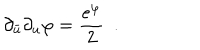
\partial _ { \bar { u } } \partial _ { u } \varphi = { \frac { e ^ { \varphi } } { 2 } } \ \ .